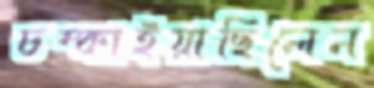
চম্‌কাইয়াছিলেন